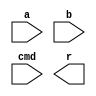
/***************************************************
 * Module: 
 * Project: mips_16
 * Author: 
 * Description: 
 *     
 *
 * Revise history:
 *     
 ***************************************************/
 `ifndef _MIPS_16_DEFS
 `define _MIPS_16_DEFS
 	
	//`define CODE_FOR_SYNTHESIS				// uncomment this macro will remove all non-systhesis code
	`define USE_SIMULATION_CODE					// uncomment this to use simulation instruction memory
	
	`define PC_WIDTH				8
	`define	INSTR_MEM_ADDR_WIDTH	8
	`define DATA_MEM_ADDR_WIDTH		8
 
	/************** Operation Code in instructions ****************/
	`define OP_NOP			4'b0000
	`define OP_ADD			4'b0001
	`define OP_SUB			4'b0010
	`define OP_AND			4'b0011
	`define OP_OR			4'b0100
	`define OP_XOR			4'b0101
	`define OP_SL			4'b0110
	`define OP_SR			4'b0111
	`define OP_SRU			4'b1000
	`define OP_ADDI			4'b1001
	`define OP_LD			4'b1010
	`define OP_ST			4'b1011
	`define OP_BZ			4'b1100
	
	/************** ALU operation command ****************/
	`define ALU_NC			3'bxxx		// not care
	`define ALU_ADD			3'b000
	`define ALU_SUB			3'b001
	`define ALU_AND			3'b010
	`define ALU_OR			3'b011
	`define ALU_XOR			3'b100
	`define ALU_SL			3'b101
	`define ALU_SR			3'b110
	`define ALU_SRU			3'b111
	
	/************** Branch condition code ****************/
	`define BRANCH_Z		3'b000
	//`define BRANCH_GT		3'b001
	//`define BRANCH_LE		3'b010
	
 
 
 `endif
 /***************************************************
 * Module: alu
 * Project: mips_16
 * Description: 
 *     alu implementation
 *
 * Revise history:
 *     
 ***************************************************/
`timescale 1ns/1ps
// `include "mips_16_defs.v"
module alu
(
	input		[15:0]	a,		//src1
	input		[15:0]	b,		//src2
	input		[2:0]	cmd,	//function sel
	
	output	reg	[15:0]	r		//result	
);
	always @ (*) begin
		case(cmd)
			`ALU_NC	:
				r = 16'bx;
			`ALU_ADD:
				r = a + b;
			`ALU_SUB:
				r = a - b;
			`ALU_AND:
				r = a & b;
			`ALU_OR	:
				r = a | b;
			`ALU_XOR:
				r = a ^ b;
			`ALU_SL	:
				r = a << b;
			`ALU_SR	:
				r = {{16{a[15]}},a} >> b;
			`ALU_SRU	:
				r = {16'b0,a} >> b;
			default	:
				begin
					r = 0;
`ifndef CODE_FOR_SYNTHESIS
					$display("ERROR: Unknown alu cmd: %b \n", cmd);
					//$stop;
`endif
				end
		endcase
	end
	
endmodule /***************************************************
 * Module: data_mem
 * Project: mips_16
 * Description: 
 *     a ram implementation, 16bit word width, address width can be configured be user
 *		further will be able to read external memory
 *
 * Revise history:
 *     
 ***************************************************/
`timescale 1ns/1ps
// `include "mips_16_defs.v"
module data_mem
(
	input					clk,
	
	// address input, shared by read and write port
	input	[15:0]			mem_access_addr,
	
	// write port
	input	[15:0]			mem_write_data,
	input					mem_write_en,
	// read port
	output	[15:0]			mem_read_data
	
);


	reg [15:0] ram [(2**`DATA_MEM_ADDR_WIDTH)-1:0];

	wire [`DATA_MEM_ADDR_WIDTH-1 : 0] ram_addr = mem_access_addr[`DATA_MEM_ADDR_WIDTH-1 : 0];

	always @(posedge clk)
		if (mem_write_en)
			ram[ram_addr] <= mem_write_data;

	assign mem_read_data = ram[ram_addr]; 
   
endmodule /***************************************************
 * Module: EX_stage
 * Project: mips_16
 * Description: 
 *     alu
 *
 * Revise history:
 *     
 ***************************************************/
`timescale 1ns/1ps
// `include "mips_16_defs.v"
module EX_stage
(
	input					clk,
	input					rst,
	// from ID_stage
	input		[56:0]		pipeline_reg_in,	//	[56:22],35bits:	ex_alu_cmd[2:0], ex_alu_src1[15:0], ex_alu_src2[15:0]
												//	[21:5],17bits:	mem_write_en, mem_write_data[15:0]
												//	[4:0],5bits:	write_back_en, write_back_dest[2:0], write_back_result_mux, 
	
	// to MEM_stage
	output	reg	[37:0]		pipeline_reg_out,	//	[37:22],16bits:	ex_alu_result[15:0];
												//	[21:5],17bits:	mem_write_en, mem_write_data[15:0]
												//	[4:0],5bits:	write_back_en, write_back_dest[2:0], write_back_result_mux, 
	
	// to hazard detection unit
	output		[2:0]		ex_op_dest
);
	wire	[2:0]		alu_cmd		= pipeline_reg_in[56:54];				//S2
	wire	[15:0]		alu_src1	= pipeline_reg_in[53:38];
	wire	[15:0]		alu_src2	= pipeline_reg_in[37:22];
	
	wire	[15:0]		ex_alu_result;
	
	/********************** ALU *********************/
	alu alu_inst(
		.a		( alu_src1),
		.b		( alu_src2),
		.cmd	( alu_cmd),
		.r		( ex_alu_result)
	);
	
	
	/********************** singals to MEM_stage *********************/
	always @ (posedge clk) begin
		if(rst) begin
			pipeline_reg_out[37:0] <= 0;
		end
		else begin
			pipeline_reg_out[37:22] <= ex_alu_result;
			pipeline_reg_out[21:0] <= pipeline_reg_in[21:0];
		end
	end
	
	
	/********************** to hazard detection unit *********************/
	assign ex_op_dest = pipeline_reg_in[3:1];
endmodule 
/***************************************************
 * Module: hazard_detection_unit
 * Project: mips_16
 * Description: 
 *    Data Hazard detection. if there is a RAW hazard, it will stall the pipeline.
 *	
 *	 *	 Method: It compare the source register of the instruction in ID_stage 
 * 			 and it's previous 3 instructions' destination register. If
 *			 the source register is equal to any of the three destination regs 
 *			 and not equals to zero, the Hazard Detction Unit will assert
 *			 pipeline_stall signal. That signal will freeze the IF & ID stage,
 *			 and insert bubbles into EX stage. When the hazard instruction 
 *			 was flushed out of the pipeline, pipeline_stall signal will 
 *			 be canceled.
 *
 * Revise history:
 *     
 ***************************************************/
module hazard_detection_unit
(
	input		[2:0]		decoding_op_src1,		//ID stage source_1 register number
	input		[2:0]		decoding_op_src2,		//ID stage source_2 register number
	
	input		[2:0]		ex_op_dest,				//EX stage destinaton register number
	input		[2:0]		mem_op_dest,			//MEM stage destinaton register number
	input		[2:0]		wb_op_dest,				//WB stage destinaton register number
	
	output	reg				pipeline_stall_n		// Active low
);
	
	always @ (*) begin
		pipeline_stall_n = 1;
		
		if( decoding_op_src1 != 0 &&
			(
				decoding_op_src1 == ex_op_dest	||
				decoding_op_src1 == mem_op_dest	||
				decoding_op_src1 == wb_op_dest	
			)
		)
			pipeline_stall_n = 0;
			
		if( decoding_op_src2 != 0 &&
			(
				decoding_op_src2 == ex_op_dest	||
				decoding_op_src2 == mem_op_dest	||
				decoding_op_src2 == wb_op_dest	
			)
		)
			pipeline_stall_n = 0;
		
		
	end
	
	
	
endmodule /***************************************************
 * Module: ID_stage
 * Project: mips_16
 * Description: 
 *     IR, and instruction decoding
 *
 * Revise history:
 *     
 ***************************************************/
`timescale 1ns/1ps
// `include "mips_16_defs.v"

module ID_stage
(
	input					clk,
	input					rst,
	input					instruction_decode_en,
	//input					insert_bubble,
	
	
	// to EX_stage
	output	reg	[56:0]		pipeline_reg_out,	//	[56:22],35bits:	ex_alu_cmd[2:0], ex_alu_src1[15:0], ex_alu_src2[15:0]
												//	[21:5],17bits:	mem_write_en, mem_write_data[15:0]
												//	[4:0],5bits:	write_back_en, write_back_dest[2:0], write_back_result_mux, 
	
	// to IF_stage
	input		[15:0]		instruction,
	output		[5:0]		branch_offset_imm,
	output	reg				branch_taken,
	
	// to register file
	output		[2:0]		reg_read_addr_1,	// register file read port 1 address
	output		[2:0]		reg_read_addr_2,	// register file read port 2 address
	input		[15:0]		reg_read_data_1,	// register file read port 1 data
	input		[15:0]		reg_read_data_2,	// register file read port 2 data
	
	// to hazard detection unit
	output		[2:0]		decoding_op_src1,		//source_1 register number
	output		[2:0]		decoding_op_src2		//source_2 register number
	
);
    
	/********************** internal wires ***********************************/
	//----------------- Instruction Register signals --------------------//
	reg		[15:0]		instruction_reg;
	wire	[3:0]		ir_op_code;		//operation code
	wire	[2:0]		ir_dest;		//destination register number
	wire	[2:0]		ir_src1;		//source_1 register number
	wire	[2:0]		ir_src2;		//source_2 register number
	wire	[5:0]		ir_imm;			//immediate number carried by the instruction
	
	//---------------- data path control signals --------------------------//
	// write back stage signals
	reg					write_back_en;			// S3
	wire	[2:0]		write_back_dest;		// dest
	reg					write_back_result_mux;	// S1
	// mem stage signals
	wire				mem_write_en;		
	wire	[15:0]		mem_write_data;
	// ex stage signals
	reg		[2:0]		ex_alu_cmd;				//S2
	wire	[15:0]		ex_alu_src1;
	wire	[15:0]		ex_alu_src2;
	// instruction decode stage signals
	reg					alu_src2_mux;			// S4
	wire				decoding_op_is_branch;	//S5
	wire				decoding_op_is_store;	//S6
	wire	[3:0]		ir_op_code_with_bubble;
	wire	[2:0]		ir_dest_with_bubble;
	//reg					branch_condition_satisfied;
	
	
	/********************** Instruction Register *********************/
	always @ (posedge clk or posedge rst) begin
		if(rst) begin
			instruction_reg <= 0;
		end
		else begin
			if(instruction_decode_en) begin
				instruction_reg <= instruction;
			end
		end
	end
	assign ir_op_code = instruction_reg[15:12];
	assign ir_dest = instruction_reg[11: 9];
	assign ir_src1 = instruction_reg[ 8: 6];
	assign ir_src2 = (decoding_op_is_store)? instruction_reg[11: 9] : instruction_reg[ 5: 3];
	assign ir_imm  = instruction_reg[ 5: 0];
	
	/********************** pipeline bubble insertion *********************/
	// if instrcution decode is frozen, insert bubble operations into the pipeline
	assign ir_op_code_with_bubble = ( instruction_decode_en )?  ir_op_code : 0;
	// if instrcution decode is frozen, force destination reg number to 0, 
	// this operation is to prevent pipeline stall.
	assign ir_dest_with_bubble = ( instruction_decode_en )?  ir_dest : 0;
	
	/********************** Data path control logic *********************/
	always @ (*) begin
		if(rst) begin
			write_back_en			= 0;	// S3
			write_back_result_mux	= 0;	// S1
			ex_alu_cmd				= 0;	// S2
			alu_src2_mux			= 0;	// S4
		end
		else begin
			case( ir_op_code_with_bubble )
				`OP_NOP	:
					begin
						write_back_en			= 0;		// S3
						write_back_result_mux	= 1'bx;		// S1
						ex_alu_cmd				= `ALU_NC;	// S2
						alu_src2_mux			= 1'bx;		// S4
					end
				`OP_ADD	:
					begin
						write_back_en			= 1;		// S3
						write_back_result_mux	= 0;		// S1
						ex_alu_cmd				= `ALU_ADD;	// S2
						alu_src2_mux			= 0;		// S4
					end
				`OP_SUB	:
					begin
						write_back_en			= 1;		// S3
						write_back_result_mux	= 0;		// S1
						ex_alu_cmd				= `ALU_SUB;	// S2
						alu_src2_mux			= 0;		// S4
					end
				`OP_AND	:
					begin
						write_back_en			= 1;		// S3
						write_back_result_mux	= 0;		// S1
						ex_alu_cmd				= `ALU_AND;	// S2
						alu_src2_mux			= 0;		// S4
					end
				`OP_OR	:
					begin
						write_back_en			= 1;		// S3
						write_back_result_mux	= 0;		// S1
						ex_alu_cmd				= `ALU_OR;	// S2
						alu_src2_mux			= 0;		// S4
					end
				`OP_XOR	:
					begin
						write_back_en			= 1;		// S3
						write_back_result_mux	= 0;		// S1
						ex_alu_cmd				= `ALU_XOR;	// S2
						alu_src2_mux			= 1'bx;		// S4
					end
				`OP_SL	:
					begin
						write_back_en			= 1;		// S3
						write_back_result_mux	= 0;		// S1
						ex_alu_cmd				= `ALU_SL;	// S2
						alu_src2_mux			= 0;		// S4
					end
				`OP_SR	:
					begin
						write_back_en			= 1;		// S3
						write_back_result_mux	= 0;		// S1
						ex_alu_cmd				= `ALU_SR;	// S2
						alu_src2_mux			= 0;		// S4
					end
				`OP_SRU	:
					begin
						write_back_en			= 1;		// S3
						write_back_result_mux	= 0;		// S1
						ex_alu_cmd				= `ALU_SRU;	// S2
						alu_src2_mux			= 0;		// S4
					end
				`OP_ADDI:
					begin
						write_back_en			= 1;		// S3
						write_back_result_mux	= 0;		// S1
						ex_alu_cmd				= `ALU_ADD;	// S2
						alu_src2_mux			= 1;		// S4
					end
				`OP_LD	:
					begin
						write_back_en			= 1;		// S3
						write_back_result_mux	= 1;		// S1
						ex_alu_cmd				= `ALU_ADD;	// S2
						alu_src2_mux			= 1;		// S4
					end
				`OP_ST	:
					begin
						write_back_en			= 0;		// S3
						write_back_result_mux	= 1'bx;		// S1
						ex_alu_cmd				= `ALU_ADD;	// S2
						alu_src2_mux			= 1;		// S4
					end
				`OP_BZ	:
					begin
						write_back_en			= 0;		// S3
						write_back_result_mux	= 1'bx;		// S1
						ex_alu_cmd				= `ALU_NC;	// S2
						alu_src2_mux			= 1;		// S4
					end
				default	:
					begin
						write_back_en			= 0;		// S3
						write_back_result_mux	= 1'bx;		// S1
						ex_alu_cmd				= `ALU_NC;	// S2
						alu_src2_mux			= 1'bx;		// S4
`ifndef CODE_FOR_SYNTHESIS
						$display("ERROR: Unknown Instruction: %b", ir_op_code_with_bubble);
						//$stop;
`endif
					end
			endcase
		end
	end
	
	assign decoding_op_is_branch = ( ir_op_code == `OP_BZ )? 1 : 0;	// S5
	assign decoding_op_is_store	= ( ir_op_code == `OP_ST )? 1 : 0;	// S6
	
	/********************** singals to EX_stage *********************/
	assign mem_write_data = reg_read_data_2;
	assign mem_write_en = decoding_op_is_store;
	assign write_back_dest = ir_dest_with_bubble;
	assign ex_alu_src1 = reg_read_data_1;
	assign ex_alu_src2 = (alu_src2_mux)? {{10{ir_imm[5]}},ir_imm} : reg_read_data_2;
	
	//	pipeline_reg_out:
	//	[56:22],35bits:	ex_alu_cmd[2:0], ex_alu_src1[15:0], ex_alu_src2[15:0],
	//	[21:5],17bits:	mem_write_en, mem_write_data[15:0],
	//	[4:0],5bits:	write_back_en, write_back_dest[2:0], write_back_result_mux,
	
	always @ (posedge clk or posedge rst) begin
		if(rst) begin
			pipeline_reg_out[56:0] <= 0;
		end
		else begin
			pipeline_reg_out[56:0] <= {
				ex_alu_cmd[2:0],		// pipeline_reg_out[56:54]	//S2
				ex_alu_src1[15:0],		// pipeline_reg_out[53:38]
				ex_alu_src2[15:0],		// pipeline_reg_out[37:22]	
				mem_write_en, 			// pipeline_reg_out[21]		//
				mem_write_data[15:0],	// pipeline_reg_out[20:5]	//
				write_back_en, 			// pipeline_reg_out[4]		//S3
				write_back_dest[2:0], 	// pipeline_reg_out[3:1]	//dest
				write_back_result_mux 	// pipeline_reg_out[0]		//S1
				};
		end
	end
	
			 
	/********************** interface with register file *********************/
	assign reg_read_addr_1 = ir_src1;
	assign reg_read_addr_2 = ir_src2;
	
	/********************** branch signals generate *********************/
	always @ (*) begin
		if(decoding_op_is_branch) begin
			case( ir_dest_with_bubble )
				`BRANCH_Z	:
					begin
						if(reg_read_data_1 == 0)
							branch_taken = 1;
						else
							branch_taken = 0;
					end
					
				default:
					begin
						branch_taken = 0;
`ifndef CODE_FOR_SYNTHESIS
						$display("ERROR: Unknown branch condition %b, in branch instruction %b \n", ir_dest_with_bubble, ir_op_code_with_bubble);
						//$stop;
`endif					
					end
			endcase
		end
		else begin
			branch_taken = 0;
		end
	end
	assign branch_offset_imm = ir_imm;
	//assign branch_taken = decoding_op_is_branch & branch_condition_satisfied ;
	
	/********************** to hazard detection unit *********************/
	assign decoding_op_src1 = ir_src1;
	assign decoding_op_src2 = (
					ir_op_code == `OP_NOP 	||
					ir_op_code == `OP_ADDI 	||
					ir_op_code == `OP_LD 	||
					ir_op_code == `OP_BZ 	
					)?
					3'b000 : ir_src2;
	
endmodule /***************************************************
 * Module: IF_stage
 * Project: mips_16
 * Description: 
 *     PC, IMEM, 
 *
 * Revise history:
 *     
 ***************************************************/
`timescale 1ns/1ps
// `include "mips_16_defs.v"


module IF_stage
(
	input							clk,
	input							rst,				//active high
	input							instruction_fetch_en,
	
	input	[5:0]					branch_offset_imm,
	input							branch_taken,
	
	output	reg	[`PC_WIDTH-1:0]		pc,
	output	[15:0]					instruction
);
    
	// pc control
	always @ (posedge clk or posedge rst) begin
	    if (rst) begin
	        pc <= `PC_WIDTH'b0;
	    end 
		else begin
			if(instruction_fetch_en) begin
				if(branch_taken)
					//don't forget sign bit expansion
					pc <= pc + {{(`PC_WIDTH-6){branch_offset_imm[5]}}, branch_offset_imm[5:0]};	
				else
					pc <= pc + `PC_WIDTH'd1;
			end
		end
	end
	
	// instruction memory, or rom
	instruction_mem imem(
		.clk				(clk),
		.pc					(pc),
		
		.instruction		(instruction)
	);
	
	
endmodule 



/***************************************************
 * Module: instruction_mem
 * Project: mips_16
 * Description: 
 *     a rom
 *
 * Revise history:
 *     
 ***************************************************/
`timescale 1ns/1ps
// `include "mips_16_defs.v"
 
`ifdef USE_SIMULATION_CODE
module instruction_mem		// a rtl simulation rom, rom initial code can be found in the testbench
(
	input					clk,		// asynchronized!!
	input	[`PC_WIDTH-1:0]	pc,
	
	output	[15:0]			instruction
);
	
	reg	[15:0] rom [2**`INSTR_MEM_ADDR_WIDTH-1 : 0];
	
	wire [`INSTR_MEM_ADDR_WIDTH-1 : 0] rom_addr = pc[`INSTR_MEM_ADDR_WIDTH-1 : 0];
	
	// always @ (posedge clk) begin
	// always @ (*) begin
	    // instruction = rom[rom_addr];
	// end
	
	assign instruction = rom[rom_addr];
	
	
endmodule 
`endif

`ifndef USE_SIMULATION_CODE		
module instruction_mem		// a synthesisable rom implementation
(
	input					clk,		// asynchronized!!
	input	[`PC_WIDTH-1:0]	pc,
	
	output reg	[15:0]		instruction
);
	
	wire [`INSTR_MEM_ADDR_WIDTH-1 : 0] rom_addr = pc[`INSTR_MEM_ADDR_WIDTH-1 : 0];
	
	// ASM code in rom:
	// L1:	ADDI		R1,R0,8
	// 		ADDI		R2,R1,8
	// 		ADDI		R3,R2,8
	// 		ADD			R4,R2,R3
	// 		ST			R4,R1,2
	// 		LD			R5,R1,2
	// 		SUB			R6,R4,R5
	// 		BZ			R6,L1
	// 		ADDI		R7,R7,1
	always @(*)
		case (rom_addr)
			4'b0000: instruction = 16'b1001001000001000;
			4'b0001: instruction = 16'b1001010001001000;
			4'b0010: instruction = 16'b1001011010001000;
			4'b0011: instruction = 16'b0001100010011000;
			4'b0100: instruction = 16'b1011100001000010;
			4'b0101: instruction = 16'b1010101001000010;
			4'b0110: instruction = 16'b0010110100101000;
			4'b0111: instruction = 16'b1100000110111000;
			4'b1000: instruction = 16'b1001111111000001;
			4'b1001: instruction = 16'b0000000000000000;
			4'b1010: instruction = 16'b0000000000000000;
			4'b1011: instruction = 16'b0000000000000000;
			4'b1100: instruction = 16'b0000000000000000;
			4'b1101: instruction = 16'b0000000000000000;
			4'b1110: instruction = 16'b0000000000000000;
			4'b1111: instruction = 16'b0000000000000000;
			default: instruction = 16'b0000000000000000;
	 endcase
	
endmodule 
`endif/***************************************************
 * Module: MEM_stage
 * Project: mips_16
 * Description: 
 *     a ram
 *
 * Revise history:
 *     
 ***************************************************/
`timescale 1ns/1ps
// `include "mips_16_defs.v"

module MEM_stage
(
	input					clk,
	input					rst,
	
	// from EX_stage
	input		[37:0]		pipeline_reg_in,	//	[37:22],16bits:	ex_alu_result[15:0];
												//	[21:5],17bits:	mem_write_en, mem_write_data[15:0]
												//	[4:0],5bits:	write_back_en, write_back_dest[2:0], write_back_result_mux, 
	
	// to WB_stage
	output	reg	[36:0]		pipeline_reg_out,	//	[36:21],16bits:	ex_alu_result[15:0]
												//	[20:5],16bits:	mem_read_data[15:0]
												//	[4:0],5bits:	write_back_en, write_back_dest[2:0], write_back_result_mux, 
	output		[2:0]		mem_op_dest
);
	
	wire	[15:0]		ex_alu_result = pipeline_reg_in[37:22];
	wire				mem_write_en = pipeline_reg_in[21];
	wire	[15:0]		mem_write_data = pipeline_reg_in[20:5];
	
	wire	[15:0]		mem_read_data ;		
	
	/********************** Data memory *********************/
	// a ram
	data_mem dmem (
		.clk(clk), 
		.mem_access_addr	( ex_alu_result ), 
		.mem_write_data		( mem_write_data ), 
		.mem_write_en		( mem_write_en ), 
		.mem_read_data		( mem_read_data )
	);
	
	/********************** singals to WB_stage *********************/
	always @ (posedge clk) begin
		if(rst) begin
			pipeline_reg_out[36:0] <= 0;
		end
		else begin
			pipeline_reg_out[36:21] <= ex_alu_result;
			pipeline_reg_out[20:5]	<= mem_read_data ;
			pipeline_reg_out[4:0] 	<= pipeline_reg_in[4:0];
		end
	end
	
	
	/********************** to hazard detection unit *********************/
	assign mem_op_dest = pipeline_reg_in[3:1];

endmodule /***************************************************
 * Module: register_file
 * Project: mips_16
 * Description: 
 * 	a 8-entry 16-bit register file, 
 *	with 1 synchronized write port and 2 asynchonized read port
  *
 *	NOTE: for Register 0, read data from it will always be 0, 
 *		and write operatioins will also be discarded.
 *	
 * Revise history:
 *     
 ***************************************************/
`timescale 1ns/1ps
// `include "mips_16_defs.v"

module register_file
(
	input				clk,
	input				rst,
	
	// write port
	input				reg_write_en,
	input		[2:0]	reg_write_dest,
	input		[15:0]	reg_write_data,
	
	//read port 1
	input		[2:0]	reg_read_addr_1,
	output		[15:0]	reg_read_data_1,
	//read port 2
	input		[2:0]	reg_read_addr_2,
	output		[15:0]	reg_read_data_2
);
	reg	[15:0]	reg_array [7:0];
	
	// write port
	//reg [2:0] i;
	always @ (posedge clk or posedge rst) begin
		if(rst) begin
			// for(i=0; i<8; i=i+1)
				// reg_array[i] <= 15'b0;
			reg_array[0] <= 15'b0;
			reg_array[1] <= 15'b0;
			reg_array[2] <= 15'b0;
			reg_array[3] <= 15'b0;
			reg_array[4] <= 15'b0;
			reg_array[5] <= 15'b0;
			reg_array[6] <= 15'b0;
			reg_array[7] <= 15'b0;	
		end
		else begin
			if(reg_write_en) begin
				reg_array[reg_write_dest] <= reg_write_data;
			end
		end
		
	end
	
	//read port 1
	// always @ (*) begin
		// if( reg_read_addr_1 == 0) begin
			// reg_read_data_1 = 15'b0;
		// end
		// else begin
			// reg_read_data_1 = reg_array[reg_read_addr_1];
		// end
	// end
	assign reg_read_data_1 = ( reg_read_addr_1 == 0)? 15'b0 : reg_array[reg_read_addr_1];
	
	//read port 2
	// always @ (*) begin
		// if( reg_read_addr_2 == 0) begin
			// reg_read_data_2 = 15'b0;
		// end
		// else begin
			// reg_read_data_2 = reg_array[reg_read_addr_2];
		// end
	// end
	assign reg_read_data_2 = ( reg_read_addr_2 == 0)? 15'b0 : reg_array[reg_read_addr_2];

endmodule /***************************************************
 * Module: WB_stage
 * Project: mips_16
 * Description: 
 *     Write back stage
 *
 * Revise history:
 *     
 ***************************************************/
`timescale 1ns/1ps
// `include "mips_16_defs.v"
module WB_stage
(
	//input					clk,
	
	// from EX stage
	input		[36:0]		pipeline_reg_in,	//	[36:21],16bits:	ex_alu_result[15:0]
												//	[20:5],16bits:	mem_read_data[15:0]
												//	[4:0],5bits:	write_back_en, write_back_dest[2:0], write_back_result_mux, 
	
	// to register file
	output					reg_write_en,
	output		[2:0]		reg_write_dest,
	output		[15:0]		reg_write_data,
	
	output		[2:0]		wb_op_dest
);
	
	wire [15:0]	ex_alu_result = pipeline_reg_in[36:21];
	wire [15:0]	mem_read_data = pipeline_reg_in[20:5];
	wire		write_back_en = pipeline_reg_in[4];
	wire [2:0]	write_back_dest = pipeline_reg_in[3:1];
	wire		write_back_result_mux = pipeline_reg_in[0];
	
	/********************** to register file *********************/
	assign reg_write_en = write_back_en;
	assign reg_write_dest = write_back_dest;
	assign reg_write_data = (write_back_result_mux)? mem_read_data : ex_alu_result;
	
	/********************** to hazard detection unit *********************/
	assign wb_op_dest = pipeline_reg_in[3:1];
	
	
endmodule /***************************************************
 * Module: mips_16_core_top
 * Project: mips_16
 * Description: 
 *     top module of mips_16 cpu core. Technical details:
 *			1.	16-bit data width
 *			2.	classic 5-stage static pipeline, 1 branch delay slot, theoretical CPI is 1.0
 *			3.	pipeline is able to detect and prevent RAW hazards, no forwarding logic
 *			4.	8 general purpose register (reg 0 is special, according to mips architecture)
 *			5.	up to now supports 13 instrcutions, see ./doc/instruction_set.txt for details
 *
 * Revise history:
 *     
 ***************************************************/
`timescale 1ns/1ps
// `include "mips_16_defs.v"
module mips_16_core_top
(
	input						clk,
	input						rst,

	output	[`PC_WIDTH-1:0]		pc
);
	wire 						pipeline_stall_n ;
	wire	[5:0]				branch_offset_imm;
	wire						branch_taken;
	wire	[15:0]				instruction;
	wire	[56:0]				ID_pipeline_reg_out;
	wire	[37:0]				EX_pipeline_reg_out;
	wire	[36:0]				MEM_pipeline_reg_out;
	
	wire	[2:0]				reg_read_addr_1;	// register file read port 1 address
	wire	[2:0]				reg_read_addr_2;	// register file read port 2 address
	wire	[15:0]				reg_read_data_1;	// register file read port 1 data
	wire	[15:0]				reg_read_data_2;	// register file read port 2 data
	wire	[2:0]				decoding_op_src1;		//source_1 register number
	wire	[2:0]				decoding_op_src2;		//source_2 register number
	wire	[2:0]				ex_op_dest;				//EX stage destinaton register number
	wire	[2:0]				mem_op_dest;			//MEM stage destinaton register number
	wire	[2:0]				wb_op_dest;				//WB stage destinaton register number
	wire						reg_write_en;
	wire	[2:0]				reg_write_dest;
	wire	[15:0]				reg_write_data;
	
	IF_stage IF_stage_inst (
		.clk					(clk), 
		.rst					(rst), 
		.instruction_fetch_en	(pipeline_stall_n),
		.branch_offset_imm		(branch_offset_imm), 
		.branch_taken			(branch_taken), 
		.pc						(pc),
		.instruction			(instruction)
	);
	
	ID_stage ID_stage_inst (
		.clk					(clk),
		.rst					(rst),
		.instruction_decode_en	(pipeline_stall_n),
		.pipeline_reg_out		(ID_pipeline_reg_out),
		.instruction			(instruction),
		.branch_offset_imm		(branch_offset_imm),
		.branch_taken			(branch_taken),
		.reg_read_addr_1		(reg_read_addr_1),	//
		.reg_read_addr_2		(reg_read_addr_2),	//
		.reg_read_data_1		(reg_read_data_1),	//
		.reg_read_data_2		(reg_read_data_2),	//
		.decoding_op_src1		(decoding_op_src1),		
		.decoding_op_src2		(decoding_op_src2)
	);
	
	EX_stage EX_stage_inst (
		.clk					(clk), 
		.rst					(rst), 
		.pipeline_reg_in		(ID_pipeline_reg_out), 
		.pipeline_reg_out		(EX_pipeline_reg_out), 
		.ex_op_dest				(ex_op_dest)
	);
	
	MEM_stage MEM_stage_inst (
		.clk					(clk), 
		.rst					(rst), 
		.pipeline_reg_in		(EX_pipeline_reg_out), 
		.pipeline_reg_out		(MEM_pipeline_reg_out), 
		.mem_op_dest			(mem_op_dest)
	);
	
	WB_stage WB_stage_inst (
		.pipeline_reg_in		(MEM_pipeline_reg_out), 
		.reg_write_en			(reg_write_en), 
		.reg_write_dest			(reg_write_dest), 
		.reg_write_data			(reg_write_data), 
		.wb_op_dest				(wb_op_dest)
	);
	
	register_file register_file_inst (
		.clk					(clk), 
		.rst					(rst), 
		.reg_write_en			(reg_write_en), 
		.reg_write_dest			(reg_write_dest), 
		.reg_write_data			(reg_write_data), 
		.reg_read_addr_1		(reg_read_addr_1), 
		.reg_read_data_1		(reg_read_data_1), 
		.reg_read_addr_2		(reg_read_addr_2), 
		.reg_read_data_2		(reg_read_data_2)
	);
	
	hazard_detection_unit hazard_detection_unit_inst (
		.decoding_op_src1		(decoding_op_src1), 
		.decoding_op_src2		(decoding_op_src2), 
		.ex_op_dest				(ex_op_dest), 
		.mem_op_dest			(mem_op_dest), 
		.wb_op_dest				(wb_op_dest), 
		.pipeline_stall_n		(pipeline_stall_n)
	);
	
endmodule